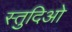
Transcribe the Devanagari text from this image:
स्तुदिओ